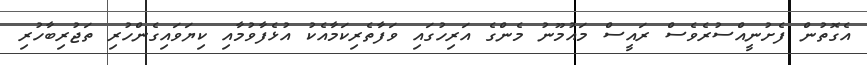
އެގޮތުން ފެށުނީއްސުރެވެސް ރައީސް މައުމޫނު މެންގެ އަރިހުގައި ވަފާތެރިކަމާއެކު އުޅެފާވުމާއި ކިޔަވައިގެންހުރި ތަޖުރިބާހުރި